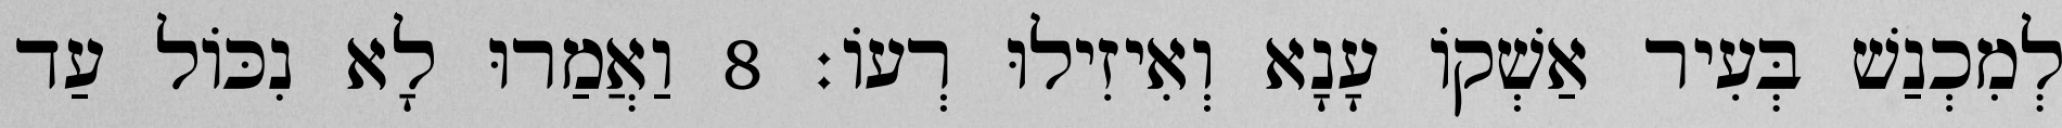
לְמִכְנַשׁ בְּעִיר אַשְׁקוֹ עָנָא וְאִיזִילוּ רְעוֹ׃ 8 וַאֲמַרוּ לָא נִכּוֹל עַד